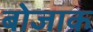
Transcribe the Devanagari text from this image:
बोजाक